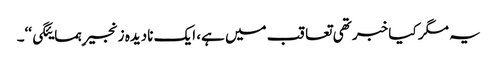
یہ مگر کیا خبر تھی تعاقب میں ہے، ایک نادیدہ زنجیرِ ہمسایئگی‘‘۔